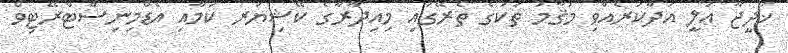
ޚަދީޖާ ޢަލީ އަދާކުރެއްވި މަޤާމު ތަކުގެ ތެރޭގައި މިއިދާރާގެ ކޭޝިޔަރ ކަމާއި އެޑްމިނިސްޓްރޭޓިވް